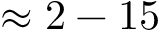
\approx 2 - 1 5